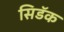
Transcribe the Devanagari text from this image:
सिडॅक